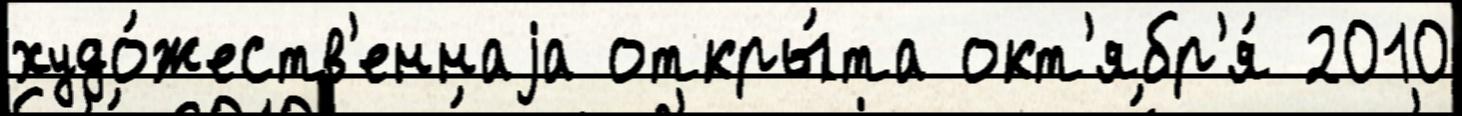
худо́жеств'еннаjа откры́та окт'ябр'я́ 2010